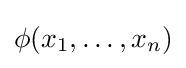
\phi (x_{1},\dots ,x_{n})